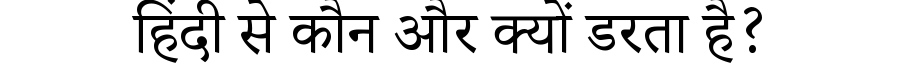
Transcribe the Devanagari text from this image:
हिंदी से कौन और क्यों डरता है?